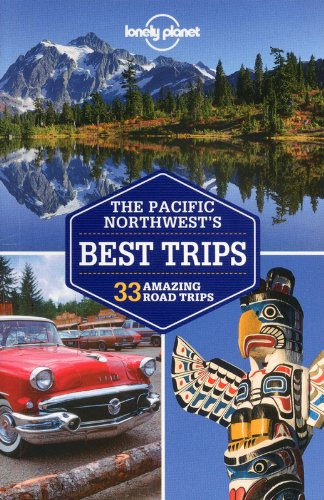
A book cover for Lonely Planet Pacific Northwest's Best Trips (Travel Guide); Lonely Planet; Travel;